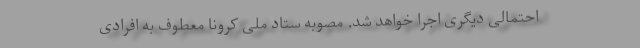
احتمالی دیگری اجرا خواهد شد. مصوبه ستاد ملی کرونا معطوف به افرادی